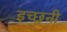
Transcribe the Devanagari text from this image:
इच्छुनी